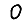
Digit: 0